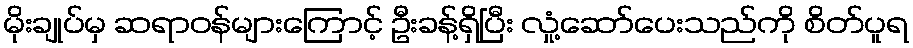
မိုးချုပ်မှ ဆရာဝန်များကြောင့် ဦးခန့်ရှိပြီး လှုံ့ဆော်ပေးသည်ကို စိတ်ပူရ